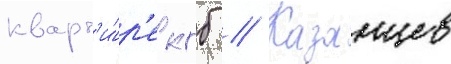
кварт'и́р'е кгб // Казанцев